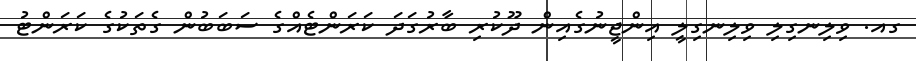
ގއ. ވިލިނގިލި ވިލިނގިލީ އިންޖީނުގެއިން ދޫކުރި ބާރުގަދަ ކަރަންޓެއްގެ ސަބަބުން ގެތަކުގެ ކަރަންޓު